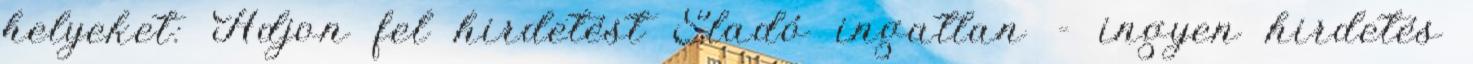
helyeket: Adjon fel hirdetést Eladó ingatlan - ingyen hirdetés